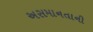
અસમાનતાની